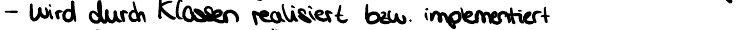
- wird durch Klassen realisiert bzw. implementiert